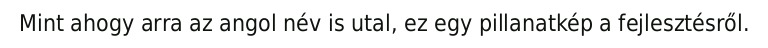
Mint ahogy arra az angol név is utal, ez egy pillanatkép a fejlesztésről.